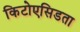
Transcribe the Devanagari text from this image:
किटोएसिडता